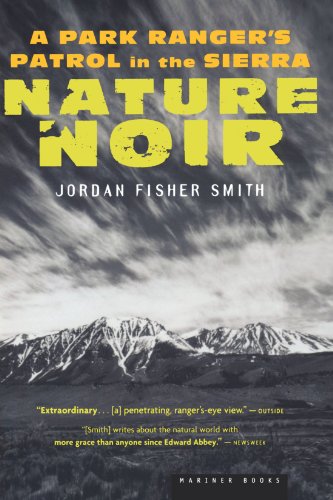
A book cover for Nature Noir: A Park Ranger's Patrol in the Sierra; Jordan Fisher Smith; Science & Math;